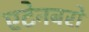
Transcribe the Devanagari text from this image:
एटेनबरो